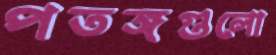
পতঙ্গগুলো